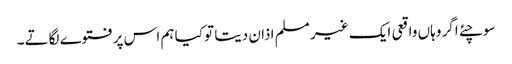
سوچئے اگر وہاں واقعی ایک غیر مسلم اذان دیتا تو کیا ہم اس پرفتوے لگاتے۔